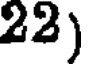
22)